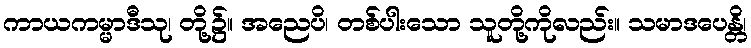
ကာယကမ္မာဒီသု၊ တို့၌။ အညေပိ၊ တစ်ပါးသော သူတို့ကိုလည်း။ သမာဒပေန္တိ၊